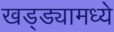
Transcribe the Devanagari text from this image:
खड्ड्यामध्ये